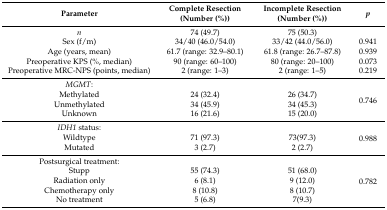
<table><thead><tr><td><b>Parameter</b></td><td><b>Complete Resection (Number (%))</b></td><td><b>Incomplete Resection (Number (%))</b></td><td><b><i>p</i></b></td></tr></thead><tbody><tr><td><i>n</i></td><td>74 (49.7)</td><td>75 (50.3)</td><td></td></tr><tr><td>Sex (f/m)</td><td>34/40 (46.0/54.0)</td><td>33/42 (44.0/56.0)</td><td>0.941</td></tr><tr><td>Age (years, mean)</td><td>61.7 (range: 32.9–80.1)</td><td>61.8 (range: 26.7–87.8)</td><td>0.939</td></tr><tr><td>Preoperative KPS (%, median)</td><td>90 (range: 60–100)</td><td>80 (range: 20–100)</td><td>0.073</td></tr><tr><td>Preoperative MRC-NPS (points, median)</td><td>2 (range: 1–3)</td><td>2 (range: 1–5)</td><td>0.219</td></tr><tr><td><i>MGMT</i>:</td><td></td><td></td><td rowspan="4">0.746</td></tr><tr><td>Methylated</td><td>24 (32.4)</td><td>26 (34.7)</td></tr><tr><td>Unmethylated</td><td>34 (45.9)</td><td>34 (45.3)</td></tr><tr><td>Unknown</td><td>16 (21.6)</td><td>15 (20.0)</td></tr><tr><td><i>IDH1</i> status:</td><td></td><td></td><td rowspan="3">0.988</td></tr><tr><td>Wildtype</td><td>71 (97.3)</td><td>73(97.3)</td></tr><tr><td>Mutated</td><td>3 (2.7)</td><td>2 (2.7)</td></tr><tr><td>Postsurgical treatment:</td><td></td><td></td><td rowspan="5">0.782</td></tr><tr><td>Stupp</td><td>55 (74.3)</td><td>51 (68.0)</td></tr><tr><td>Radiation only</td><td>6 (8.1)</td><td>9 (12.0)</td></tr><tr><td>Chemotherapy only</td><td>8 (10.8)</td><td>8 (10.7)</td></tr><tr><td>No treatment</td><td>5 (6.8)</td><td>7(9.3)</td></tr></tbody></table>